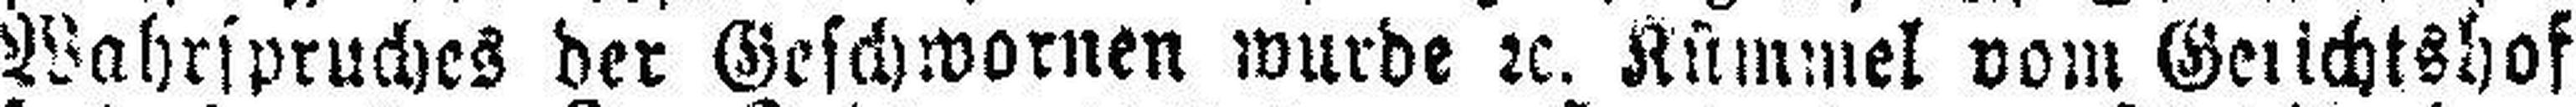
Wahrspruches der Geschwornen wurde 2c. Kümmel vom Gerichtshof